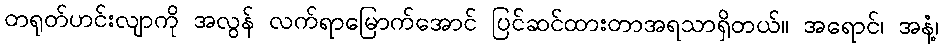
တရုတ်ဟင်းလျာကို အလွန် လက်ရာမြောက်အောင် ပြင်ဆင်ထားတာအရသာရှိတယ်။ အရောင်၊ အနံ့၊